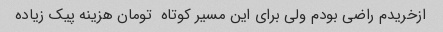
ازخریدم راضی بودم ولی برای این مسیر کوتاه  تومان هزینه پیک زیاده